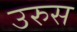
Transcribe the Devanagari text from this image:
उरुस